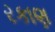
રકાણ